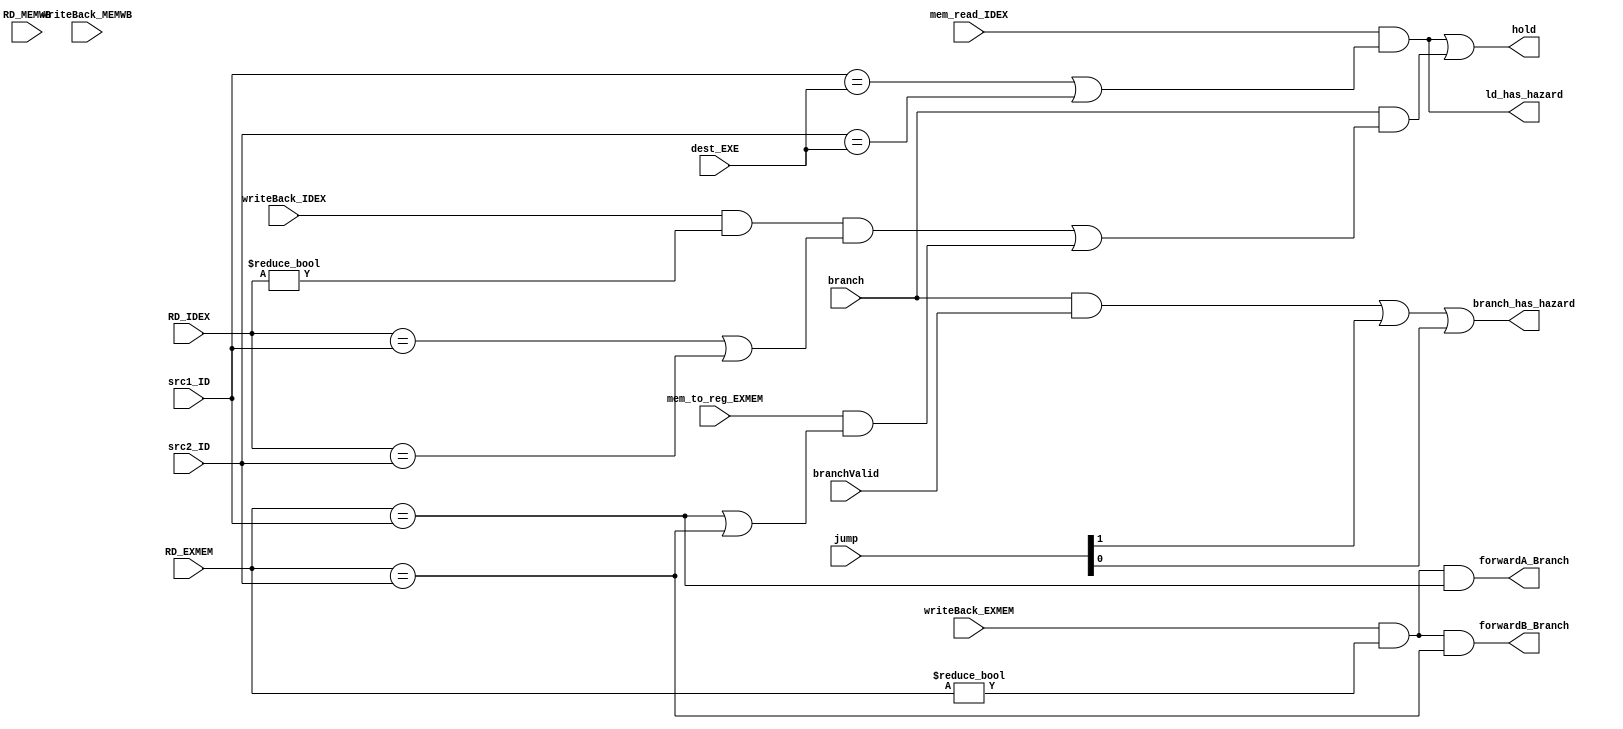

module hazard_detection(
  
  input  [4:0] src1_ID, src2_ID, RD_IDEX, RD_EXMEM, RD_MEMWB,  
  input [4:0] dest_EXE,   
  input  mem_read_IDEX,branch, branchValid, writeBack_MEMWB, writeBack_EXMEM, writeBack_IDEX,mem_to_reg_EXMEM, 
  input [1:0]jump,
  output  ld_has_hazard, branch_has_hazard, hold,  
  output  forwardA_Branch, forwardB_Branch
);

wire branch_hold;
assign ld_has_hazard = (mem_read_IDEX && (src1_ID == dest_EXE || src2_ID == dest_EXE)); 

assign branch_has_hazard = (branch && branchValid) || jump[1] || jump[0];

/*branch forwarding is as follows = 00 => normal value/ 01=> from mem/ 10=> from writeback. a stall will happen
when dependecy with ex stage for one cycle, the result should appear in memory stage and then forwarded normally and the stall signal becomes 0
*/


//----------------------------------------------------------------------------------rs1 branch forward

assign forwardA_Branch = (writeBack_EXMEM && (RD_EXMEM != 5'b0) && (RD_EXMEM == src1_ID));

//---------------------------------------------------------------------------------- rs2 branch forward

			 
assign forwardB_Branch= (writeBack_EXMEM && (RD_EXMEM != 5'b0) && (RD_EXMEM == src2_ID));  

//----------------------------------------------------------------------------------execution stage stall signal

assign branch_hold = branch && ( ((writeBack_IDEX && (RD_IDEX != 5'b0) ) && ((RD_IDEX == src1_ID) || (RD_IDEX == src2_ID))) || (mem_to_reg_EXMEM && ((RD_EXMEM == src1_ID) || (RD_EXMEM == src2_ID))));


assign hold = ld_has_hazard || branch_hold;


endmodule